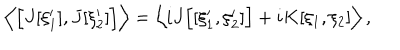
LaTeX: \left\langle \Bigl [ J [ \xi _ { 1 } ^ { \prime } ] , J [ \xi _ { 2 } ^ { \prime } ] \Bigr ] \right\rangle = \left\langle i J \Bigl [ [ \xi _ { 1 } ^ { \prime } , \xi _ { 2 } ^ { \prime } ] \Bigr ] + i K [ \xi _ { 1 } , \xi _ { 2 } ] \right\rangle ,